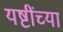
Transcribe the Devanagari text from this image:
यष्टींच्या